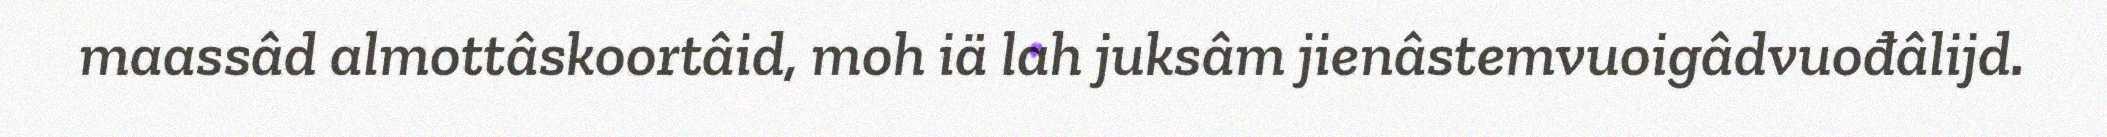
maassâd almottâskoortâid, moh iä lah juksâm jienâstemvuoigâdvuođâlijd.